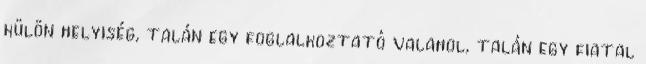
külön helyiség, talán egy foglalkoztató valahol, talán egy fiatal